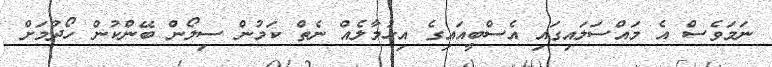
ނަމަވެސް އެ މައްސަލައިގައި އެސްބީއައިގެ އިހުމާލެއް ނެތް ކަމުން ސިލޯން ބޭންކުން ހޯދުމަށް